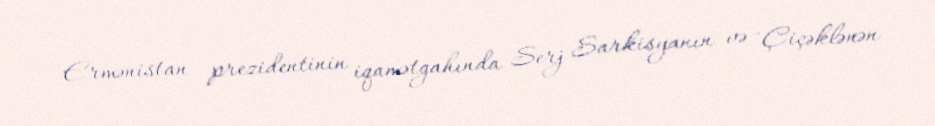
Ermənistan prezidentinin iqamətgahında Serj Sarkisyanın və "Çiçəklənən